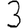
Digit: 3